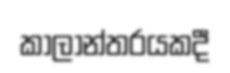
කාලාන්තරයකදී